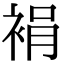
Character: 裐